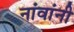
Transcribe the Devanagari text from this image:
नांवांनी